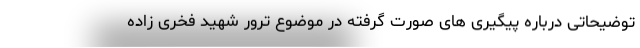
توضیحاتی درباره پیگیری های صورت گرفته در موضوع ترور شهید فخری زاده